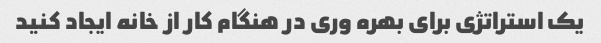
یک استراتژی برای بهره وری در هنگام کار از خانه ایجاد کنید